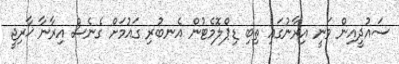
ސައުދީއިން ވަނީ އިރާނުގައި ތިބި ޑިޕްލޮމެޓުން އެނބުރި ގައުމަށް ގެނެސް އިރާނާ ޚާރިޖީ